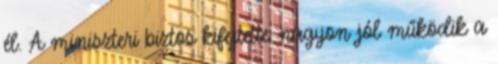
él. A miniszteri biztos kifejtette: nagyon jól működik a